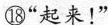
⑱”起来！”